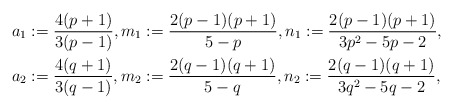
\begin{align*}&a_1:= \frac{4(p+1)}{3(p-1)}, m_1:= \frac{2(p-1)(p+1)}{5-p}, n_1:= \frac{2(p-1)(p+1)}{3p^2-5p-2}, \\ &a_2:= \frac{4(q+1)}{3(q-1)}, m_2:= \frac{2(q-1)(q+1)}{5-q}, n_2:= \frac{2(q-1)(q+1)}{3q^2-5q-2},\end{align*}